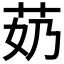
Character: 𫇵